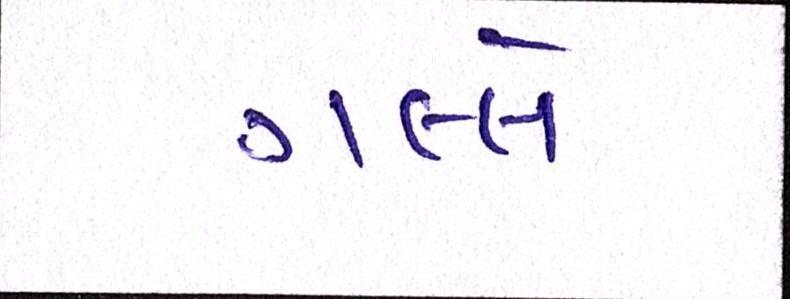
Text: ગલ્લે